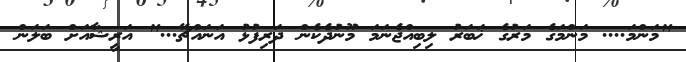
"މަންމަ.... މަންމަގެ މަރުގެ ޚަބަރު ލިބިއްޖެނަމަ މޫނުދެކެން ދަރިފުޅު އަނައްޗޭ..." އަރީޝާއަށް ބަލަން